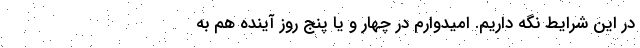
در این شرایط نگه داریم. امیدوارم در چهار و یا پنج روز آینده هم به